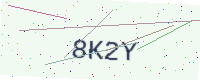
Text: 8K2Y